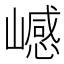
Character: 𰎺